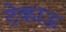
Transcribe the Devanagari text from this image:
टेकाऊ